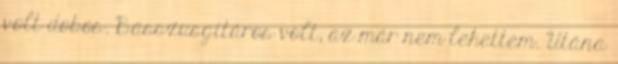
volt dobos. Basszusgitáros volt, az már nem lehettem. Utána